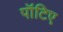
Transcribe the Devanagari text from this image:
पॉटिए